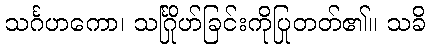
သင်္ဂဟကော၊ သင်္ဂြိုဟ်ခြင်းကိုပြုတတ်၏။ သခိ